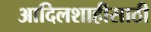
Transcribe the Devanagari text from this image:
आदिलशाहीसाठी